Report by Surgeon-Captain Childe, I.M.S. - Part II
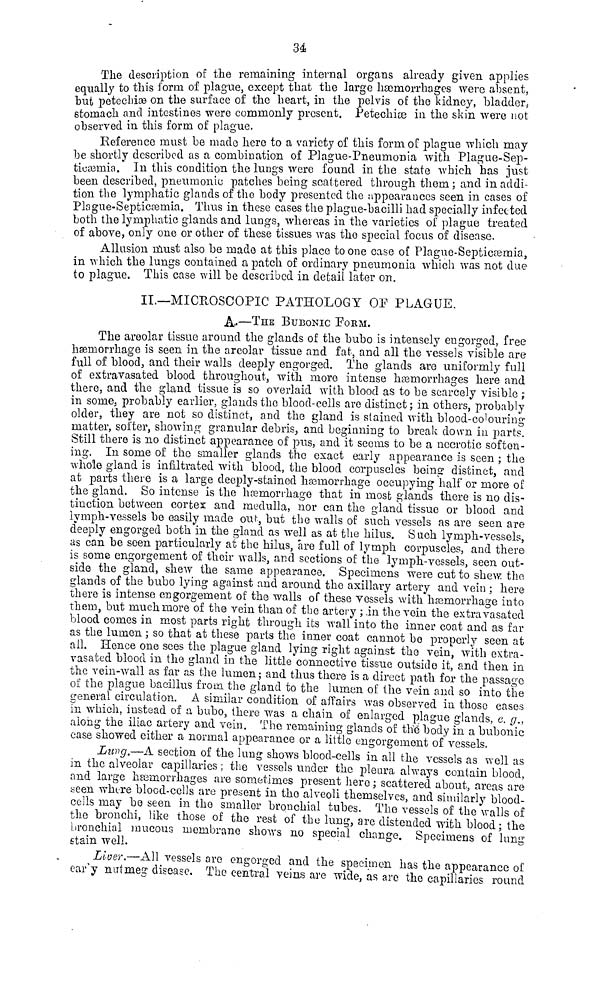
34
The description of the remaining internal organs already given applies
equally to this form of plague, except that the large haemorrhages were absent,
but petechise on the surface of the heart, in the pelvis of the kidney, bladder,
stomach and intestines were commonly present. Petechice in the skin were not
observed in this form of plague.
Reference must be made here to a variety of this form of plague which may
be shortly described as a combination of Plague-Pneumonia with Plague-Sep-
tioœmia. In this condition the lungs were found in the state which has just
been described, pneumonic patches being scattered through them; and in addi-
tion the lymphatic glands of the body presented the appearances seen in cases of
Plague-Septicaemia. Thus in these cases the plague-bacilli had specially infected
both the lymphatic glands and lungs, whereas in the varieties of plague treated
of above, only one or other of these tissues was the special focus of disease.
Allusion must also be made at this place to one case of Plaguo-Septicaemia,
in which the lungs contained a patch of ordinary pneumonia which was not due
to plague. This case will be described in detail later on.
II.—MICROSCOPIC PATHOLOGY OP PLAGUE.
A.—THE BUBONIC FROM.
The areolar tissue around the glands of the bubo is intensely eu gorged, free
haemorrhage is seen in the areolar tissue and fat, and all the vessels visible are
full of blood, and their walls deeply engorged. The glands are uniformly full
of extravasated blood throughout, with more intense haemorrhages here and
there, and the gland tissue is so overlaid with blood as to be scarcely visible ;
in some, probably earlier, glands the blood-cells are distinct; in others, probably
older, they are not so distinct, and the gland is stained with blood-coluring
matter, softer, showing granular debris, and beginning to break down in parts.
Still there is no distinct appearance of pus, and it seems to be a necrotic softon-
ing. In some of the smaller glands the exact early appearance is seen ; the
whole gland is infiltrated with blood, the blood corpuscles being distinct, and
at parts there is a large deeply-stained haemorrhage occupying half or more of
the gland. So intense is the haemorrhage that in most glands there is no dis-
tinction between cortex and medulla, nor can the gland tissue or blood and
lymph-vessels be easily made out, but the walls of such vessels as are seen are
deeply engorged both in the gland as well as at the hilus. Such lymph-vessels,
as can he seen particularly at the hilus, are full of lymph corpuscles, and there
is some engorgement of their walls, and sections of the lymph-vessels, seen out-
side the gland, shew the same appearance. Specimens were cut to shew the
glands of the bubo lying against and around the axillary artery and vein ; here
there is intense engorgement of the walls of these vessels with haemorrhage into
them, but much more of the vein than of the artery ; in the vein the extravasated
blood comes in most parts right through its wall into the inner coat and as far
as the lumen ; so that at these parts the inner coat cannot bo properly seen at
all. Hence one sees the plague gland lying right against the vein, with extra-
vasated blood in the gland in the little "connective tissue outside it, and then in
the vein-wall as far as the lumen ; and thus there is a direct path for the passage
of the plague bacillus from the gland to the lumen of the vein and so into the
general circulation. A similar condition of affairs was observed in those cases
in which, instead of a bubo, there was a chain of enlarged plague glands, e. g.,
along the iliac artery and vein. The remaining glands of the body in a bubonic
case showed either a normal appearance or a little engorgoment of vessels.
Lung.—A section of the lung shows blood-cells in all the vessels as well as
in the alveolar capillaries ; the vessels under the pleura always contain blood,
and large haemorrhages are sometimes present here ; scattered about, areas are
seen where blood-cells are present in the alveoli themselves, and similarly blood-
cells may be seen in the smaller bronchial tubes. The vessels of the walls of
the bronchi, like those of the rest of the lung, are distended with blood ; the
bronchial mucous membrane shows no special change. Specimens of lung
Etain well.
Liver.—All vessels are engorged and the specimen has the appearance of
ear y nutmeg disease. The central veins are wide, as are the capillaries round